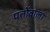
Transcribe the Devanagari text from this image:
पत्तोंवाला